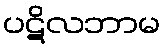
ပဋိလဘာမ